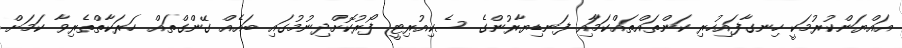
އައްޔަންކުރުމަކީ ހިނގާފައިހުރި ކަންތައްތައްކަމަާއި ފަނޑިޔާރުންގެ ސެކިއުރިޓީ ފޯރުކޮށްދިނުމުގައި ބައެއް ގޭންގްތައް ހަރަކާތްތެރިވާ ކަމަށް